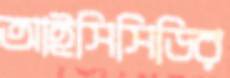
আইসিসিডির